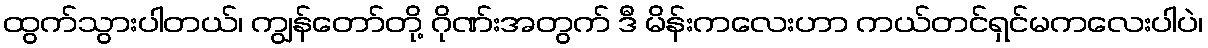
ထွက်သွားပါတယ်၊ ကျွန်တော်တို့ ဂိုဏ်းအတွက် ဒီ မိန်းကလေးဟာ ကယ်တင်ရှင်မကလေးပါပဲ၊